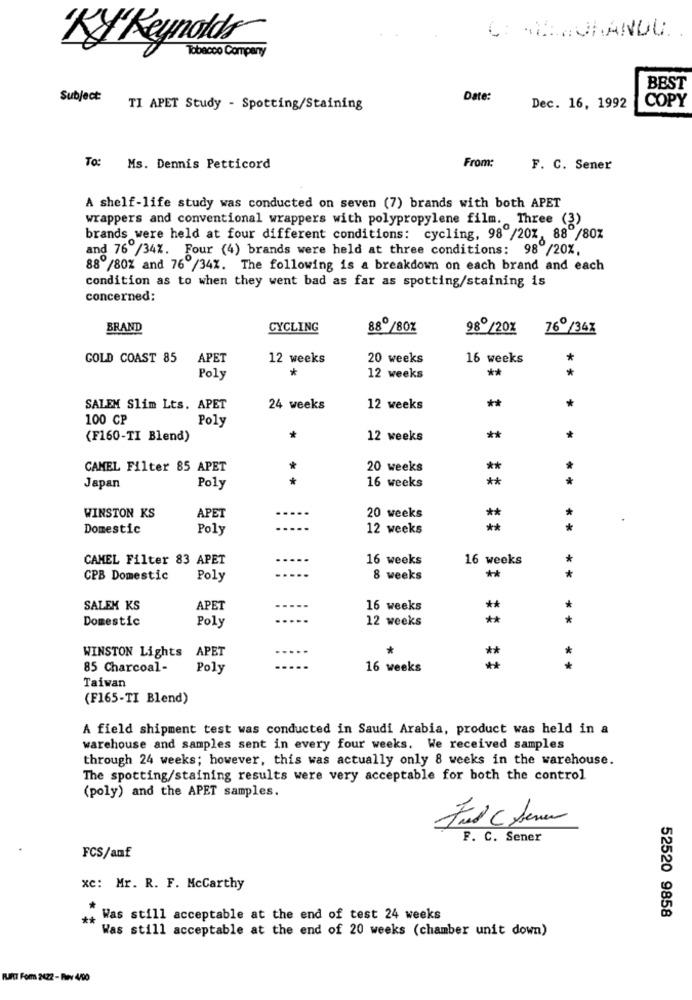
C: CHEMORANDU.
"Ky Reynolds
Tobacco Company
BEST
Subject
Date:
COPY
TI APET Study - Spotting/Staining
Dec. 16, 1992
To:
From:
Ms. Dennis Petticord
F. C. Sener
A shelf-life study was conducted on seven (7) brands with both APET
wrappers and conventional wrappers with polypropylene film. Three (3)
brands were held at four different conditions: cycling, 98 /20%, 88 /80%
and 76 /34%. Four (4) brands were held at three conditions: 98 /20%,
88 /80% and 76 /34%. The following is a breakdown on each brand and each
condition as to when they went bad as far as spotting/staining is
concerned:
BRAND
CYCLING
880/80%
980/20%
76º/34X
GOLD COAST 85
APET
12 weeks
20 weeks
16 weeks
*
*
**
*
Poly
12 weeks
*
SALEM Slim Lts. APET
24 weeks
12 weeks
**
100 CP
Poly
(F160-TI Blend)
*
12 weeks
**
CAMEL Filter 85 APET
*
20 weeks
**
+
16 weeks
**
* *
Japan
Poly
....
**
WINSTON KS
APET
20 weeks
.
Domestic
Poly
....
12 weeks
**
* *
CAMEL Filter 83 APET
.....
16 weeks
16 weeks
*
*
CPB Domestic
Poly
....
8 weeks
*
SALEK KS
APET
-----
16 weeks
**
*
Domestic
.....
12 weeks
*
Poly
APET
*
**
*
WINSTON Lights
85 Charcoal-
Poly
16 weeks
*
Taiwan
(F165-TI Blend)
A field shipment test was conducted in Saudi Arabia, product was held in a
warehouse and samples sent in every four weeks. We received samples
through 24 weeks; however, this was actually only 8 weeks in the warehouse.
The spotting/staining results were very acceptable for both the control
(poly) and the APET samples.
Fred C Seven
F. C. Sener
FCS/auf
xc: Mr. R. F. McCarthy
++ Was still acceptable at the end of test 24 weeks
52520 9858
Was still acceptable at the end of 20 weeks (chamber unit down)
RUTT Fom 2422 - Rev 4/90